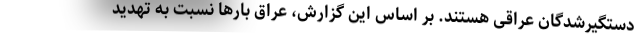
دستگیرشدگان عراقی هستند. بر اساس این گزارش، عراق بارها نسبت به تهدید